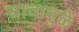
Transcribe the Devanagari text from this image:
स्त्रावामुळे